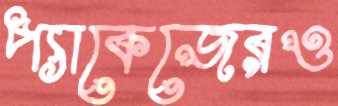
প্যাকেজেরও